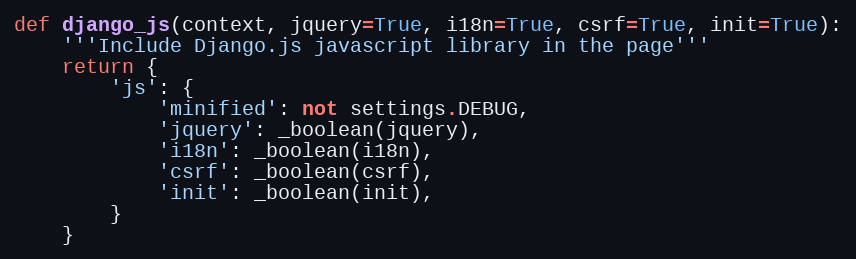
Language: Python
def django_js(context, jquery=True, i18n=True, csrf=True, init=True):
    '''Include Django.js javascript library in the page'''
    return {
        'js': {
            'minified': not settings.DEBUG,
            'jquery': _boolean(jquery),
            'i18n': _boolean(i18n),
            'csrf': _boolean(csrf),
            'init': _boolean(init),
        }
    }